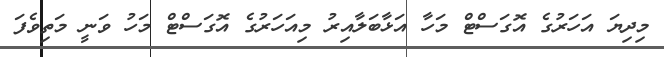
މިދިޔަ އަހަރުގެ އޮގަސްޓް މަހާ އަޅާބަލާއިރު މިއަހަރުގެ އޮގަސްޓް މަހު ވަނީ މަތިވެފަ